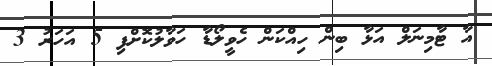
އާ ޓާމިނަލް އަޅާ ބިން ހިއްކަން ހެވީލޯޑާ ހަވާލުކޮށްފި 5 އަހަރު 3